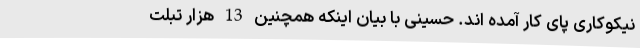
نیکوکاری پای کار آمده اند. حسینی با بیان اینکه همچنین 13 هزار تبلت